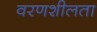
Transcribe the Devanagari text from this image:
वरणशीलता